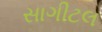
સાગીટલ